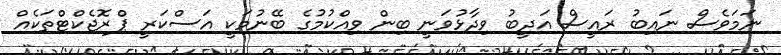
ނަމަވެސް ނައިބު ރައީސް އަދީބު ވިދާޅުވަނީ ބިން ވިއްކުމުގެ ބޭނުމަކީ އަސްކަރީ ޕްރޮޖެކްޓްތަކެއް